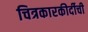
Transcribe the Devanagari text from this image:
चित्रकारकीर्दीची